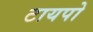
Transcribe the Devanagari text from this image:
टायपो